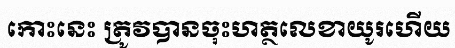
កោះនេះ ត្រូវបានចុះហត្ថលេខាយូរហើយ